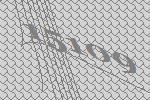
15109